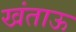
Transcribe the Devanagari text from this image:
खंताऊ